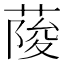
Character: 𦶬